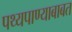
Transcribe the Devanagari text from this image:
पथ्यपाण्याबाबत